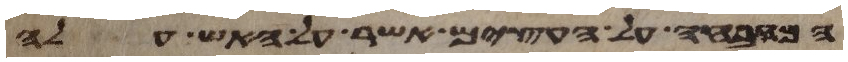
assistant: המזבחה על העצים אשר על האש עלה